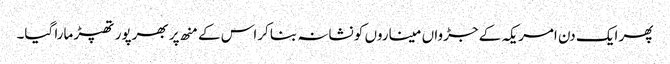
پھر ایک دن امریکہ کے جڑواں میناروں کو نشانہ بنا کراس کے منھ پر بھرپور تھپڑ مارا گیا۔